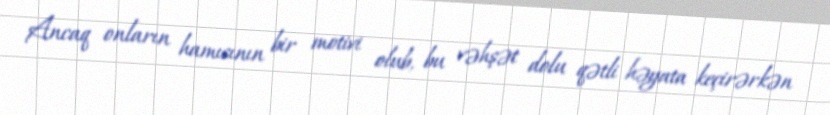
Ancaq onların hamısının bir motivi olub, bu vəhşət dolu qətli həyata keçirərkən